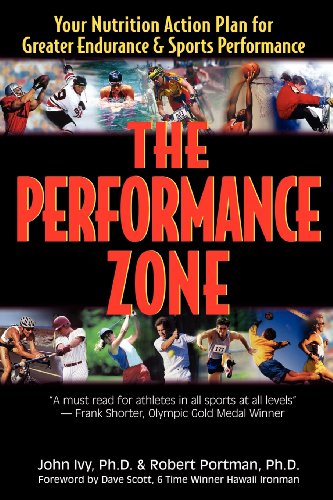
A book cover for The Performance Zone: Your Nutrition Action Plan for Greater Endurance & Sports Performance (Teen Health Series); Ph.D. John Ivy; Health, Fitness & Dieting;